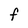
Character: f